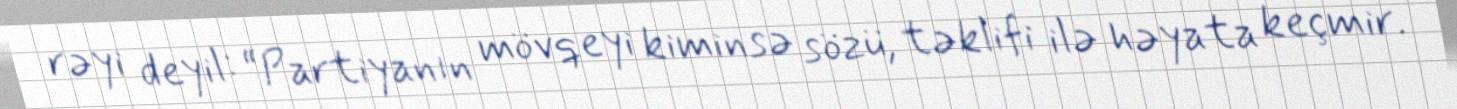
rəyi deyil: “Partiyanın mövqeyi kiminsə sözü, təklifi ilə həyata keçmir.